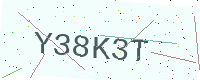
Text: Y38K3T